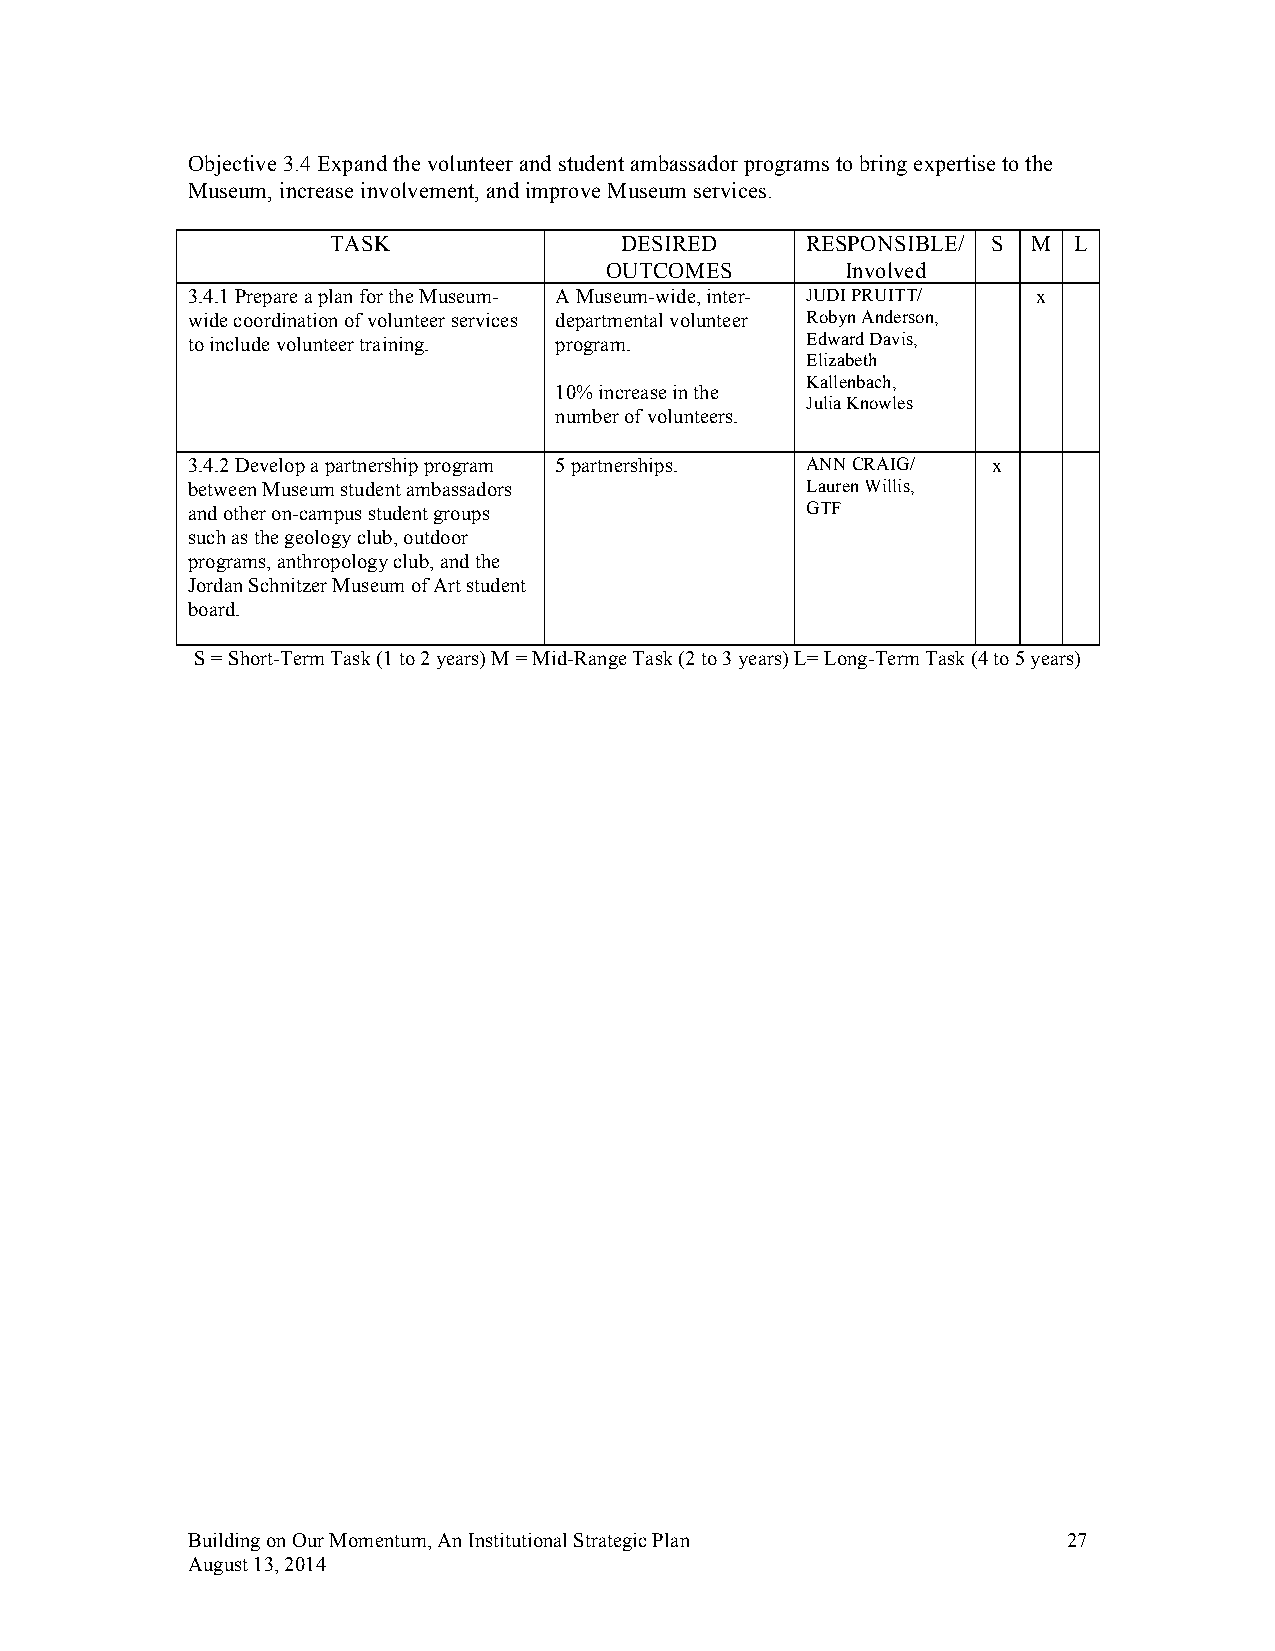
Objective 3.4 Expand the volunteer and student ambassador programs to bring expertise to the
 Museum, increase involvement, and improve Museum services.
 TASK               DESIRED     RESPONSIBLE/ S M  L
 OUTCOMES        Involved
 3.4.1 Prepare a plan for the Museum- A Museum-wide, inter- JUDI PRUITT/ x
 wide coordination of volunteer services departmental volunteer Robyn Anderson,
 to include volunteer training. program.  Edward Davis,
 Elizabeth
 Kallenbach,
 10% increase in the
 Julia Knowles
 number of volunteers.
 3.4.2 Develop a partnership program 5 partnerships. ANN CRAIG/ x
 between Museum student ambassadors       Lauren Willis,
 and other on-campus student groups       GTF
 such as the geology club, outdoor
 programs, anthropology club, and the
 Jordan Schnitzer Museum of Art student
 board.
 S = Short-Term Task (1 to 2 years) M = Mid-Range Task (2 to 3 years) L= Long-Term Task (4 to 5 years)
 Building on Our Momentum, An Institutional Strategic Plan  27
 August 13, 2014